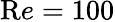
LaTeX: {\mathrm Re}=100